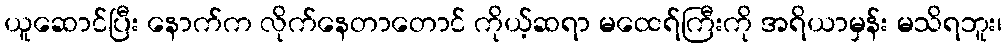
ယူဆောင်ပြီး နောက်က လိုက်နေတာတောင် ကိုယ့်ဆရာ မထေရ်ကြီးကို အရိယာမှန်း မသိရဘူး၊